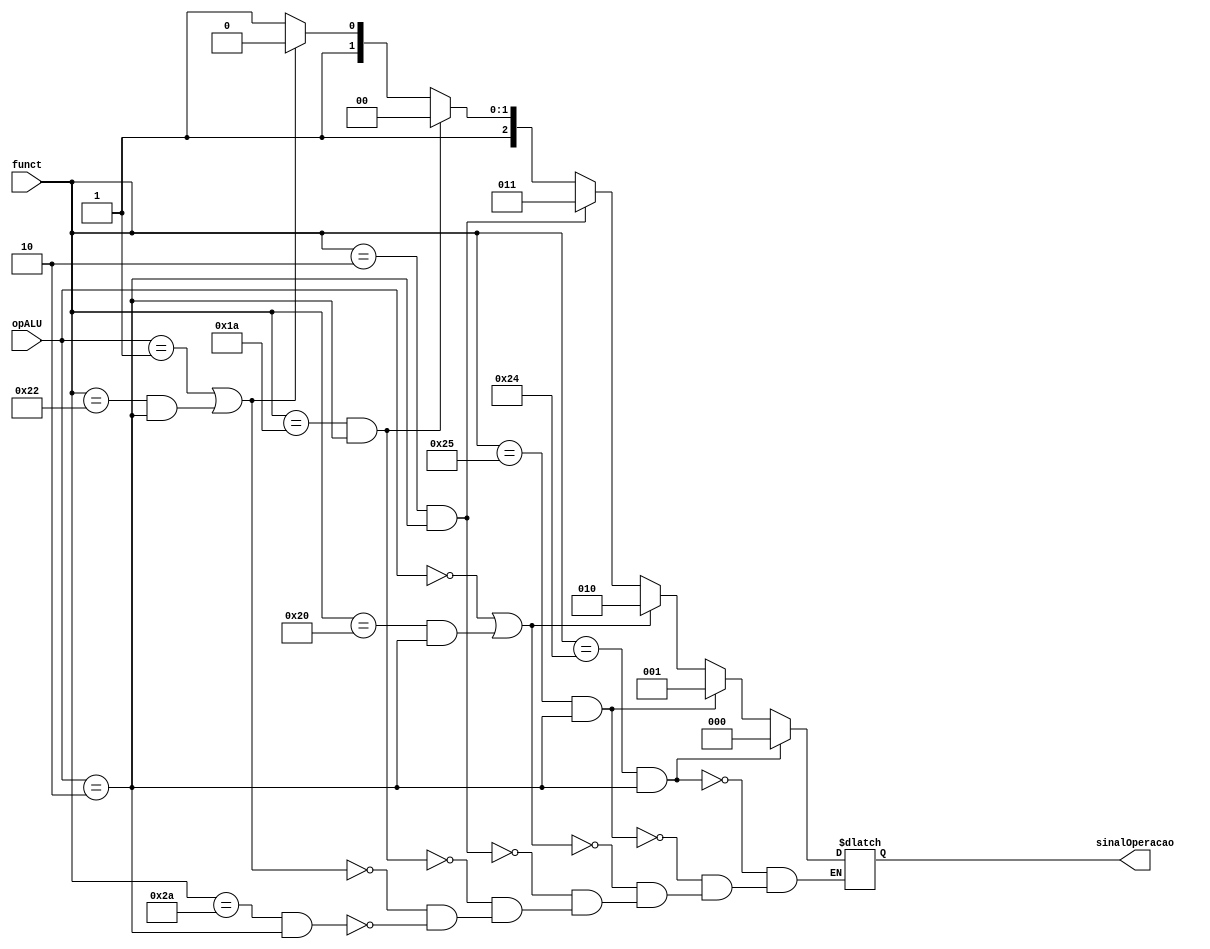
module controleALU(	input[5:0] funct, input[1:0] opALU, output[2:0] sinalOperacao);

/* opCode da Instruo | OpAlu | Operao    | Campo Funct | Ao da ALU | Entrada do Controle
	Tipo R 				  |   10  | and         |   100100	  |	  and	    |			000 -
	Tipo R 				  |   10  | or          |   100101	  |	  or	    |			001 -
	LW						  |   00  | load Word   |   xxxxxx 	  |     add     |       010 -
	SW 					  |   00  |	Store Word  |   xxxxxx	  |     add     |			010 -
	Tipo R 				  |   10  | add         |   100000	  |	  add	    |			010 -
	Tipo R 				  |   10  | mul         |   000010    |	  mul 	 |			011 -
	Tipo R 				  |   10  | div         |   011010    |	  div 	 |			100 -
	Tipo R 				  |   10  |             |        	  |	   	    |			101 -
	Branch equal		  |   01  |	Branch equal|   xxxxxx	  |     sub     |			110 -
	Tipo R 				  |   10  | sub         |   100010	  |	  sub	    |			110 -
	Tipo R 				  |   10  | slt         |   101010	  |	  slt	    |			111
 */



	reg [2:0] microSinal;
	always @ ( * ) begin
		if (funct == 6'b100100 && opALU == 2'b10)
			microSinal <= 3'b000;
		else if (funct == 6'b100101 && opALU == 2'b10)
			microSinal <=3'b001;
		else if ((opALU == 2'b00) || (funct == 6'b100000 && opALU == 2'b10))
			microSinal <=3'b010;
		else if (funct == 6'b000010 && opALU == 2'b10)
			microSinal <=3'b011;
		else if (funct == 6'b011010 && opALU == 2'b10)
			microSinal <=3'b100;
		else if ((opALU == 2'b01) || (funct == 6'b100010 && opALU == 2'b10))
			microSinal <=3'b110;
		else if (funct == 6'b101010 && opALU == 2'b10)
			microSinal <=3'b111;
	end

	assign sinalOperacao = microSinal;
endmodule